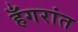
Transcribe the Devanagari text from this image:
हँगरांत